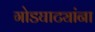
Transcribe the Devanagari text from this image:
गोडघाट्यांना